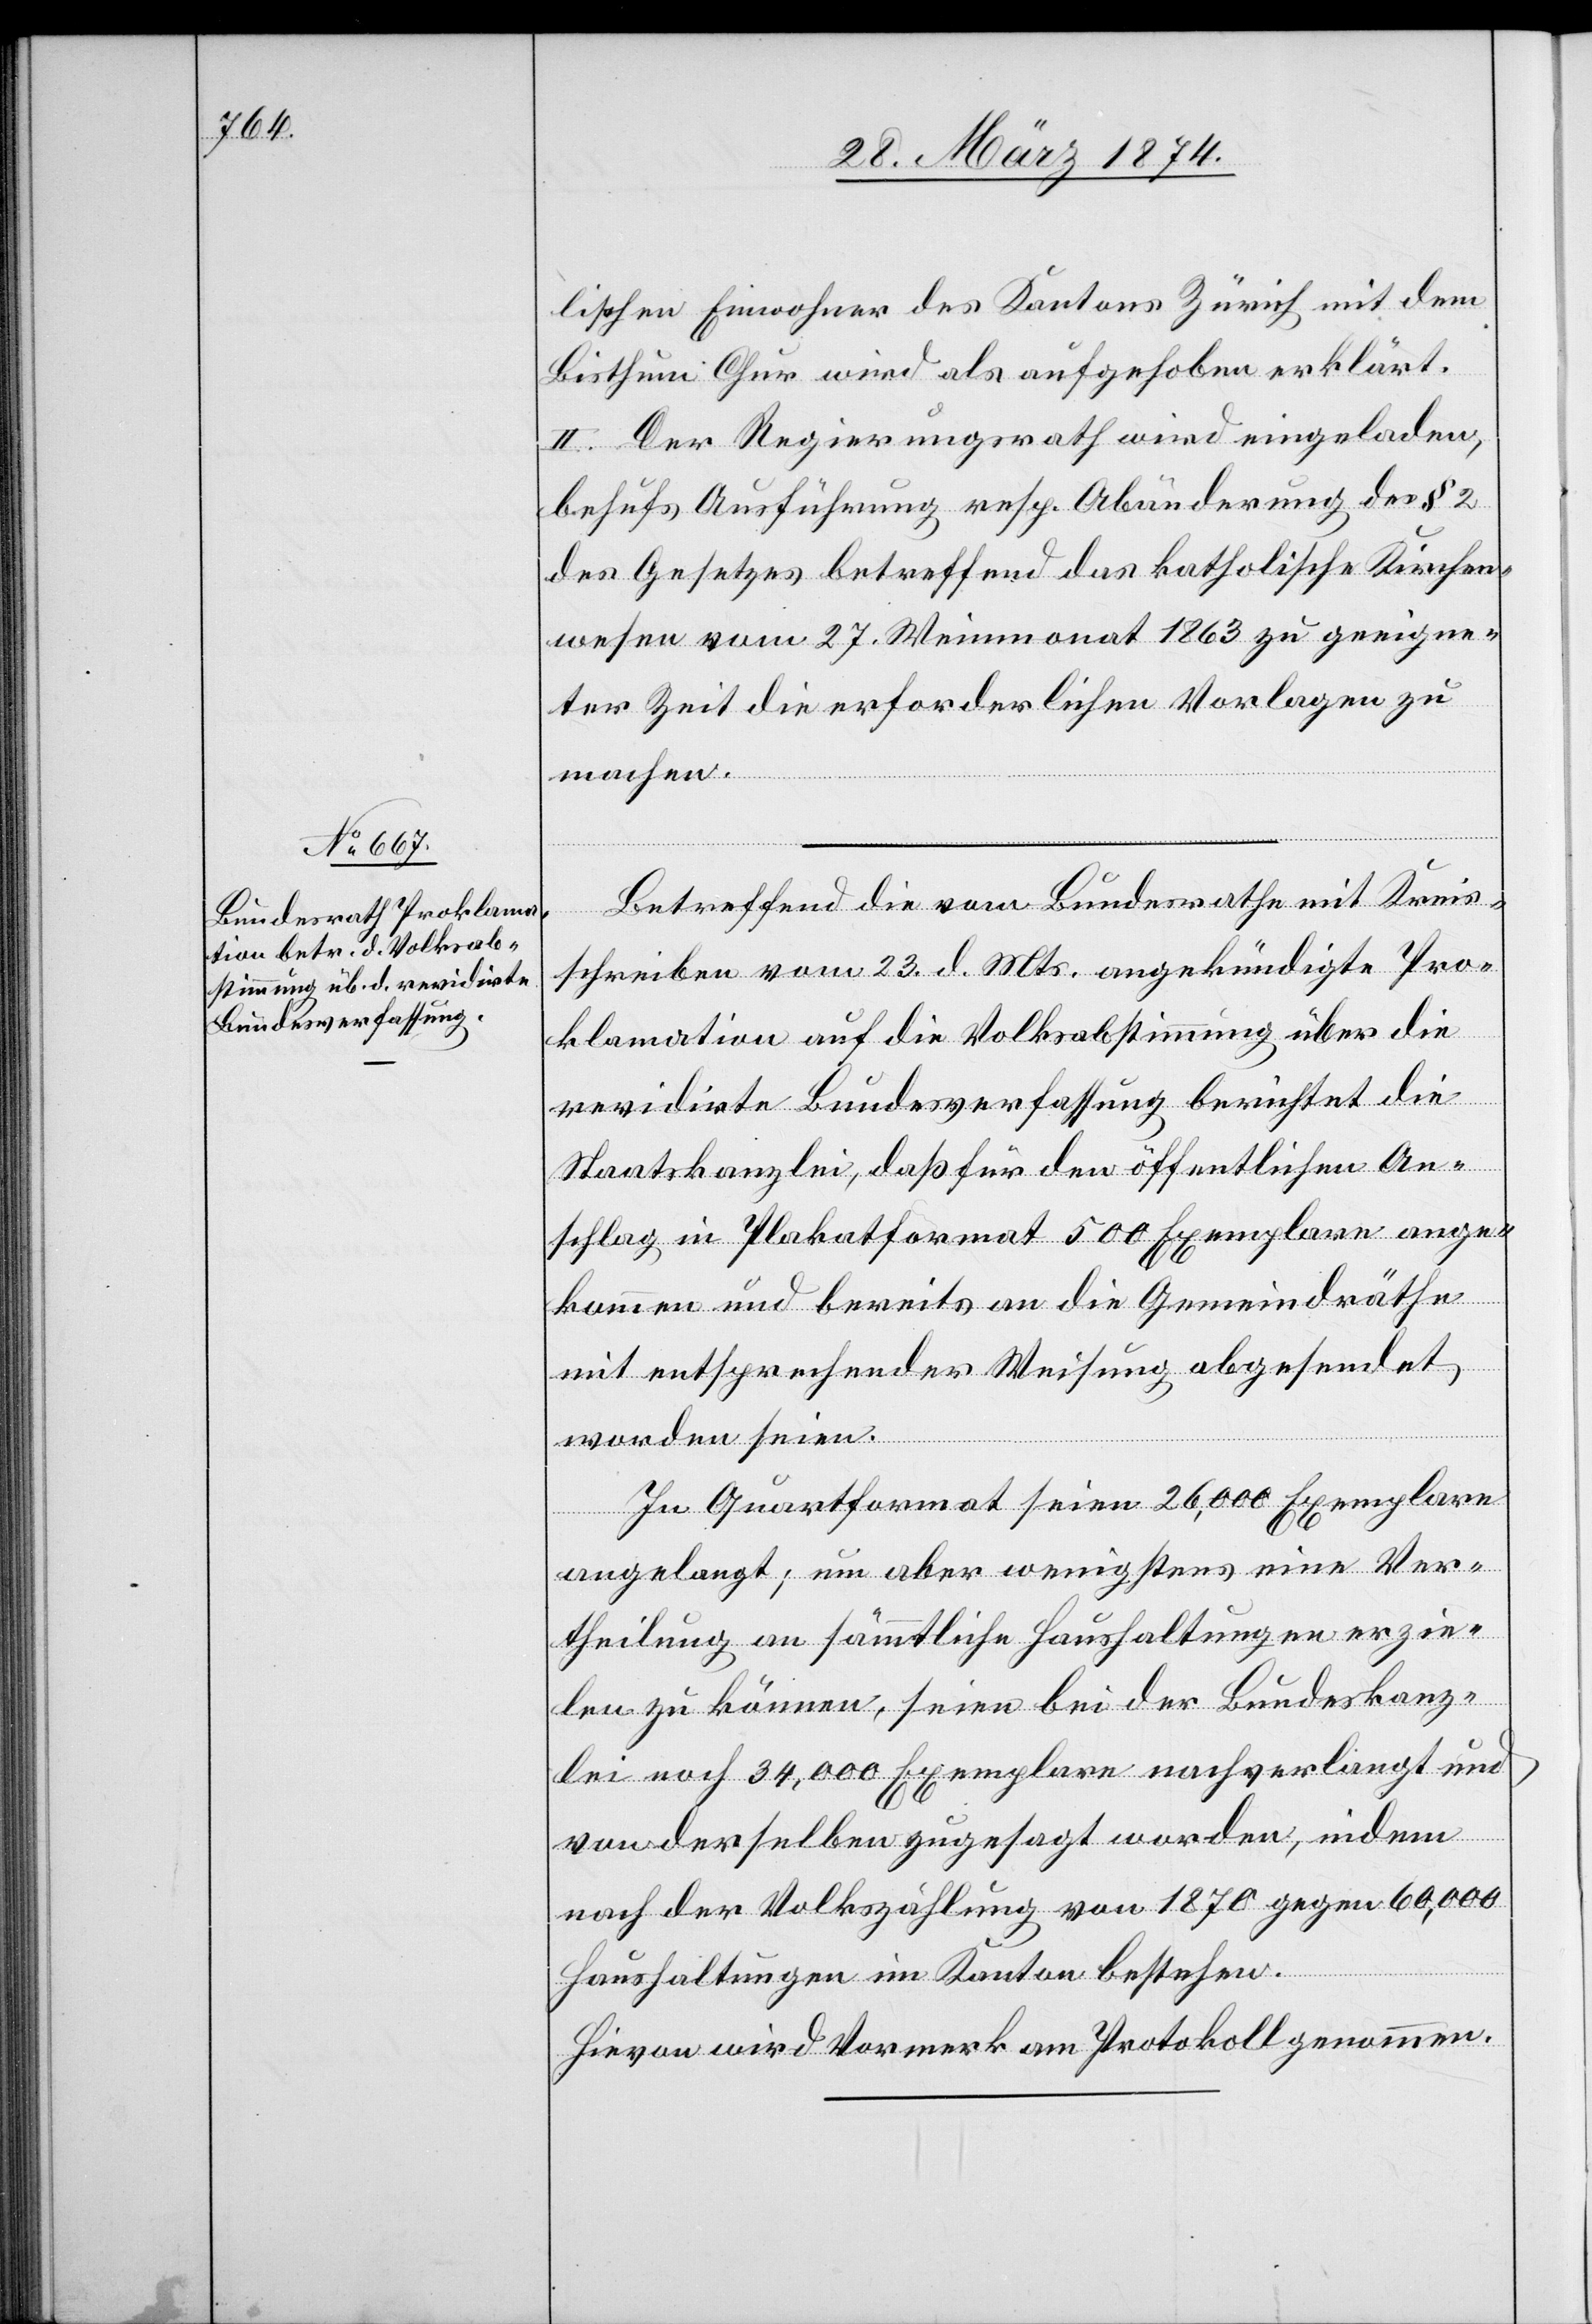
lischen Einwohner des Kantons Zürich mit dem
Bisthum Chur wird als aufgehoben erklärt.
II. Der Regierungsrath wird eingeladen,
behufs Ausführung resp. Abänderung des § 2
des Gesetzes betreffend das katholische Kirchen¬
wesen vom 27. Weinmonat 1863 zu geeigne¬
ter Zeit die erforderlichen Vorlagen zu
machen.
Betreffend die vom Bundesrathe mit Kreis¬
schreiben vom 23. d. Mts. angekündigte Pro¬
klamation auf die Volksabstimmung über die
revidirte Bundesverfassung berichtet die
Staatskanzlei daß für den öffentlichen An¬
schlag im Plakatformat 500 Exemplare ange¬
kommen und bereits an die Gemeindräthe
mit entsprechender Weisung abgesendet
worden seien.
In Quartformat seien 26,000 Exemplare
angelangt; um aber wenigstens eine Ver¬
theilung an sämmtliche Haushaltungen erzie¬
len zu können, seien bei der Bundeskanz¬
lei noch 34,000 Exemplare nachverlangt und
von derselben zugesagt worden, indem
nach der Volkszählung von 1870 gegen 60,000
Haushaltungen im Kanton bestehen.
Hievon wird Vormerk am Protokoll genommen.